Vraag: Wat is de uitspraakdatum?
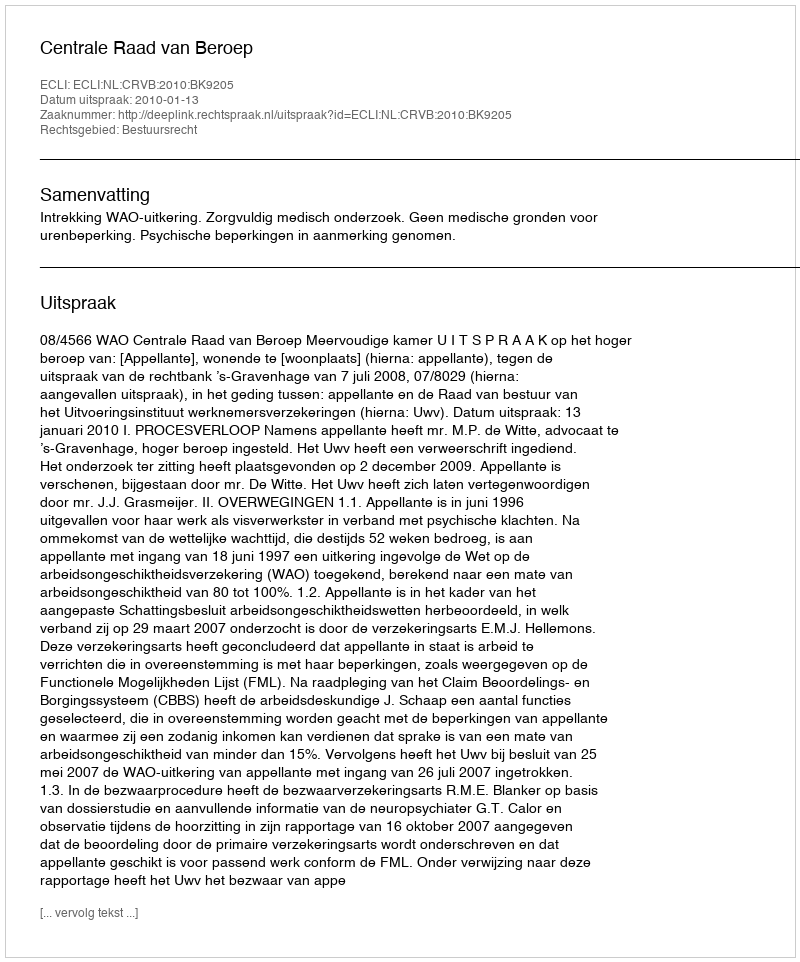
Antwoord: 2010-01-13